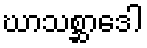
ဃာသစ္ဆာဒေါ